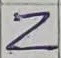
Text: Z